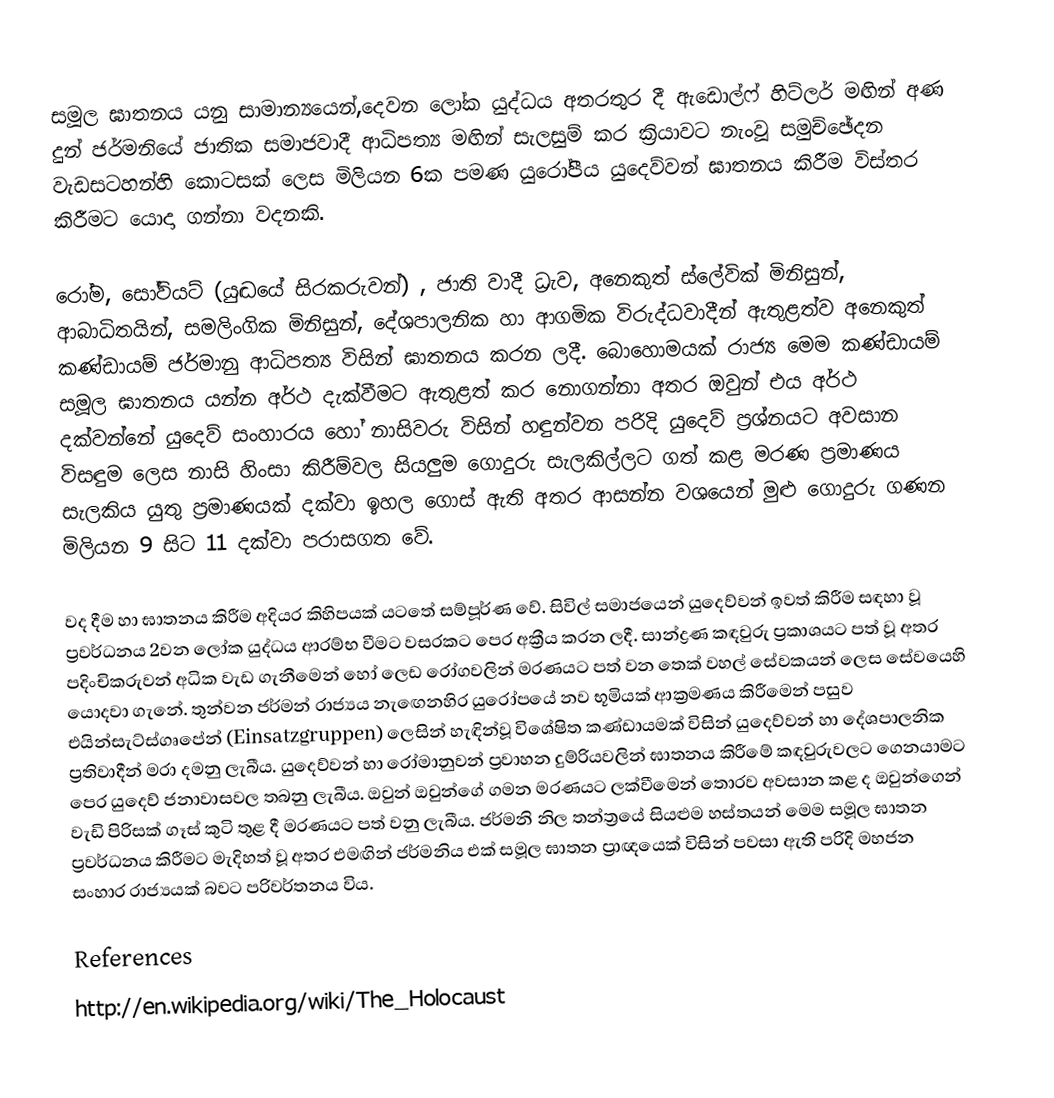
සමූල ඝාතනය යනු සාමාන්‍යයෙන්,දෙවන ලෝක යුද්ධය අතරතුර දී ඇඩොල්ෆ් හිට්ලර් මඟින් අණ දුන් ජර්මනියේ ජාතික සමාජවාදී ආධිපත්‍ය මඟින් සැලසුම් කර ක්‍රියාවට නැංවූ සමුච්ඡේදන වැඩසටහන්හි කොටසක් ලෙස මිලියන 6ක පමණ යුරෝපීය යුදෙව්වන් ඝාතනය කිරීම විස්තර කිරීමට  යොදා ගන්නා වදනකි.

රෝම, සෝවියට් (යුද්‍ධයේ සිරකරුවන්) , ජාති වාදී ධ්‍රැව, අනෙකුත් ස්ලේවික් මිනිසුන්, ආබාධිතයින්, සමලිංගික මිනිසුන්, දේශපාලනික හා ආගමික විරුද්ධවාදීන් ඇතුළත්ව අනෙකුත් කණ්ඩායම් ජර්මානු ආධිපත්‍ය විසින් ඝාතනය කරන ලදී. බොහොමයක් රාජ්‍ය මෙම කණ්ඩායම් සමූල ඝාතනය යන්න අර්ථ දැක්වීමට ඇතුළත් කර නොගන්නා අතර ඔවුන් ‍එය අර්ථ දක්වන්නේ යුදෙව් සංහාරය හෝ නාසිවරු විසින් හඳුන්වන පරිදි යුදෙව් ප්‍රශ්නයට අවසාන විසඳුම ලෙස නාසි හිංසා කිරීම්වල සියලුම ගොදුරු සැලකිල්ලට ගත් කළ මරණ ප්‍රමාණය සැලකිය යුතු ප්‍රමාණයක් දක්වා ඉහල ගොස් ඇති අතර ආසන්න වශයෙන් මුළු ගොදුරු ගණන මිලියන 9 සිට 11 දක්වා පරාසගත වේ.

වද දීම හා ඝාතනය කිරීම අදියර කිහිපයක් යටතේ සම්පූර්ණ වේ. සිවිල් සමාජයෙන් යුදෙව්වන් ඉවත් කිරීම සඳහා වූ ප්‍රවර්ධනය 2වන ලෝක යුද්ධය ආරම්භ වීමට වසරකට පෙර අක්‍රීය කරන ලදී. සාන්ද්‍රණ කඳවුරු ප්‍රකාශයට පත් වූ අතර පදිංචිකරුවන් අධික වැඩ ගැනීමෙන් හෝ ලෙඩ රෝගවලින් මරණයට පත් වන තෙක් වහල් සේවකයන් ලෙස සේවයෙහි යොදවා ගැනේ. තුන්වන ජර්මන් රාජ්‍යය නැඟෙනහිර යුරෝපයේ නව භූමියක් ආක්‍රමණය කිරීමෙන් පසුව එයින්සැට්ස්ගෘපේන් (Einsatzgruppen) ලෙසින් හැඳින්වූ විශේෂිත කණ්ඩායමක් විසින් යුදෙව්වන් හා දේශපාලනික ප්‍රතිවාදීන් මරා දමනු ලැබීය. යුදෙව්වන් හා රෝමානුවන් ප්‍රවාහන දුම්රියවලින් ඝාතනය කිරීමේ කඳවුරුවලට ගෙනයාමට පෙර යුදෙව් ජනාවාසවල තබනු ලැබීය. ඔවුන් ඔවුන්ගේ ගමන මරණයට ලක්වීමෙන් තොරව අවසාන කළ ‍ද ඔවුන්ගෙන් වැඩි පිරිසක් ගෑස් කුටි තුළ දී මරණයට පත් වනු ලැබීය. ජර්මනි නිල තන්ත්‍රයේ සියළුම හස්තයන් මෙම සමූල ඝාතන ප්‍රවර්ධනය කිරීමට මැදිහත් වූ අතර එමඟින් ජර්මනිය එක් සමූල ඝාතන ප්‍රාඥයෙක් විසින් පවසා ඇති පරිදි මහජන සංහාර රාජ්‍යයක් බවට පරිවර්තනය විය.

References
http://en.wikipedia.org/wiki/The_Holocaust